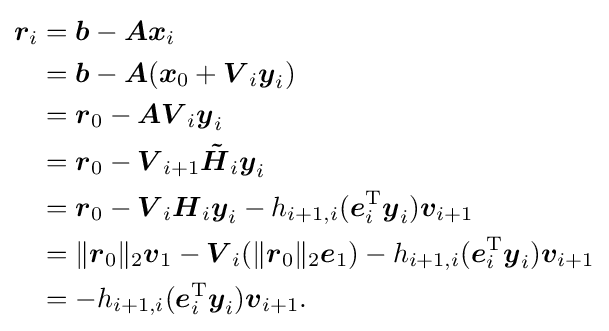
{\begin{aligned}{\boldsymbol {r}}_{i}&={\boldsymbol {b}}-{\boldsymbol {Ax}}_{i}\\&={\boldsymbol {b}}-{\boldsymbol {A}}({\boldsymbol {x}}_{0}+{\boldsymbol {V}}_{i}{\boldsymbol {y}}_{i})\\&={\boldsymbol {r}}_{0}-{\boldsymbol {AV}}_{i}{\boldsymbol {y}}_{i}\\&={\boldsymbol {r}}_{0}-{\boldsymbol {V}}_{i+1}{\boldsymbol {\tilde {H}}}_{i}{\boldsymbol {y}}_{i}\\&={\boldsymbol {r}}_{0}-{\boldsymbol {V}}_{i}{\boldsymbol {H}}_{i}{\boldsymbol {y}}_{i}-h_{i+1,i}({\boldsymbol {e}}_{i}^{\mathrm {T} }{\boldsymbol {y}}_{i}){\boldsymbol {v}}_{i+1}\\&=\lVert {\boldsymbol {r}}_{0}\rVert _{2}{\boldsymbol {v}}_{1}-{\boldsymbol {V}}_{i}(\lVert {\boldsymbol {r}}_{0}\rVert _{2}{\boldsymbol {e}}_{1})-h_{i+1,i}({\boldsymbol {e}}_{i}^{\mathrm {T} }{\boldsymbol {y}}_{i}){\boldsymbol {v}}_{i+1}\\&=-h_{i+1,i}({\boldsymbol {e}}_{i}^{\mathrm {T} }{\boldsymbol {y}}_{i}){\boldsymbol {v}}_{i+1}{\text{.}}\end{aligned}}